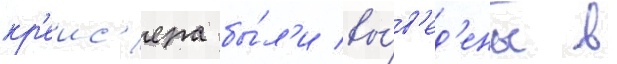
кр'еис'ера бы́л'и вы́в'ед'ены в